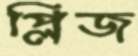
প্লিজ